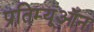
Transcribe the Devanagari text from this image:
प्रतिम्यूऑन